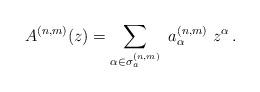
LaTeX: \begin{align*}A^{(n,m)}(z)=\sum_{\alpha\in \sigma_a^{(n,m)}} \ a^{(n,m)}_\alpha \ z^\alpha\,. \end{align*}